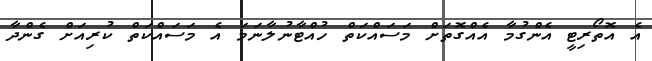
އެ އޮތޯރިޓީ އެންގުމާ އެއްގޮތަށް މަސައްކަތް ހުއްޓާނުލާނަމަ އެ މަސައްކަތް ކުރިއަށް ގެންދާ